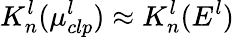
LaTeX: K_{n}^{l}(\mu_{clp}^{l})\approx K_{n}^{l}(E^{l})